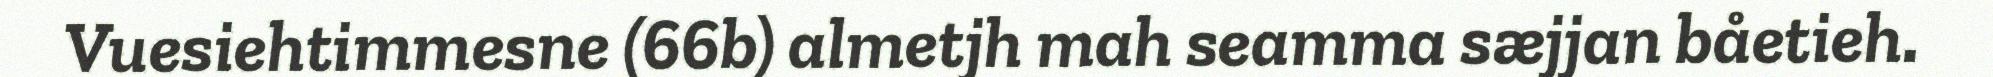
Vuesiehtimmesne (66b) almetjh mah seamma sæjjan båetieh.